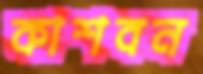
কাশবন